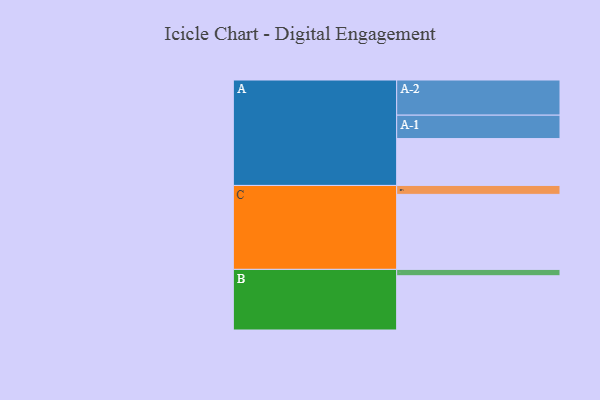
{"axis": {"x": "Segment", "y": "Value"}, "legend": ["", "A", "B", "C"], "data": [{"x": "A", "y": 368, "type": ""}, {"x": "B", "y": 426, "type": ""}, {"x": "C", "y": 589, "type": ""}, {"x": "A-1", "y": 184, "type": "A"}, {"x": "A-2", "y": 276, "type": "A"}, {"x": "B-1", "y": 50, "type": "B"}, {"x": "C-1", "y": 70, "type": "C"}]}